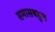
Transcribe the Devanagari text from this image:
समासबहुल